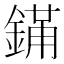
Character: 𬫮